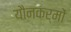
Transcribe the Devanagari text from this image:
यौनकर्मों